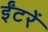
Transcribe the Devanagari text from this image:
ईंटरें